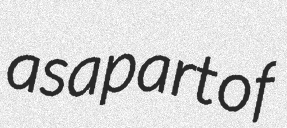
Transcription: as a part of